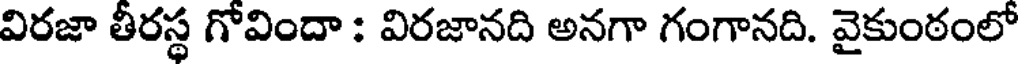
విరజా తీరస్థ గోవిందా : విరజానది అనగా గంగానది. వైకుంఠంలో